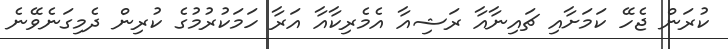
ކުރަން ޖެހޭ ކަމަށާއި ޗައިނާއާ ރަޝިއާ އެމެރިކާއާ އަރާ ހަމަކުރުމުގެ ކުރިން ދެމިގަނެވޭނެ